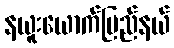
နယူးယောက်ပြည်နယ်